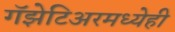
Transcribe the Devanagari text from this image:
गॅझेटिअरमध्येही